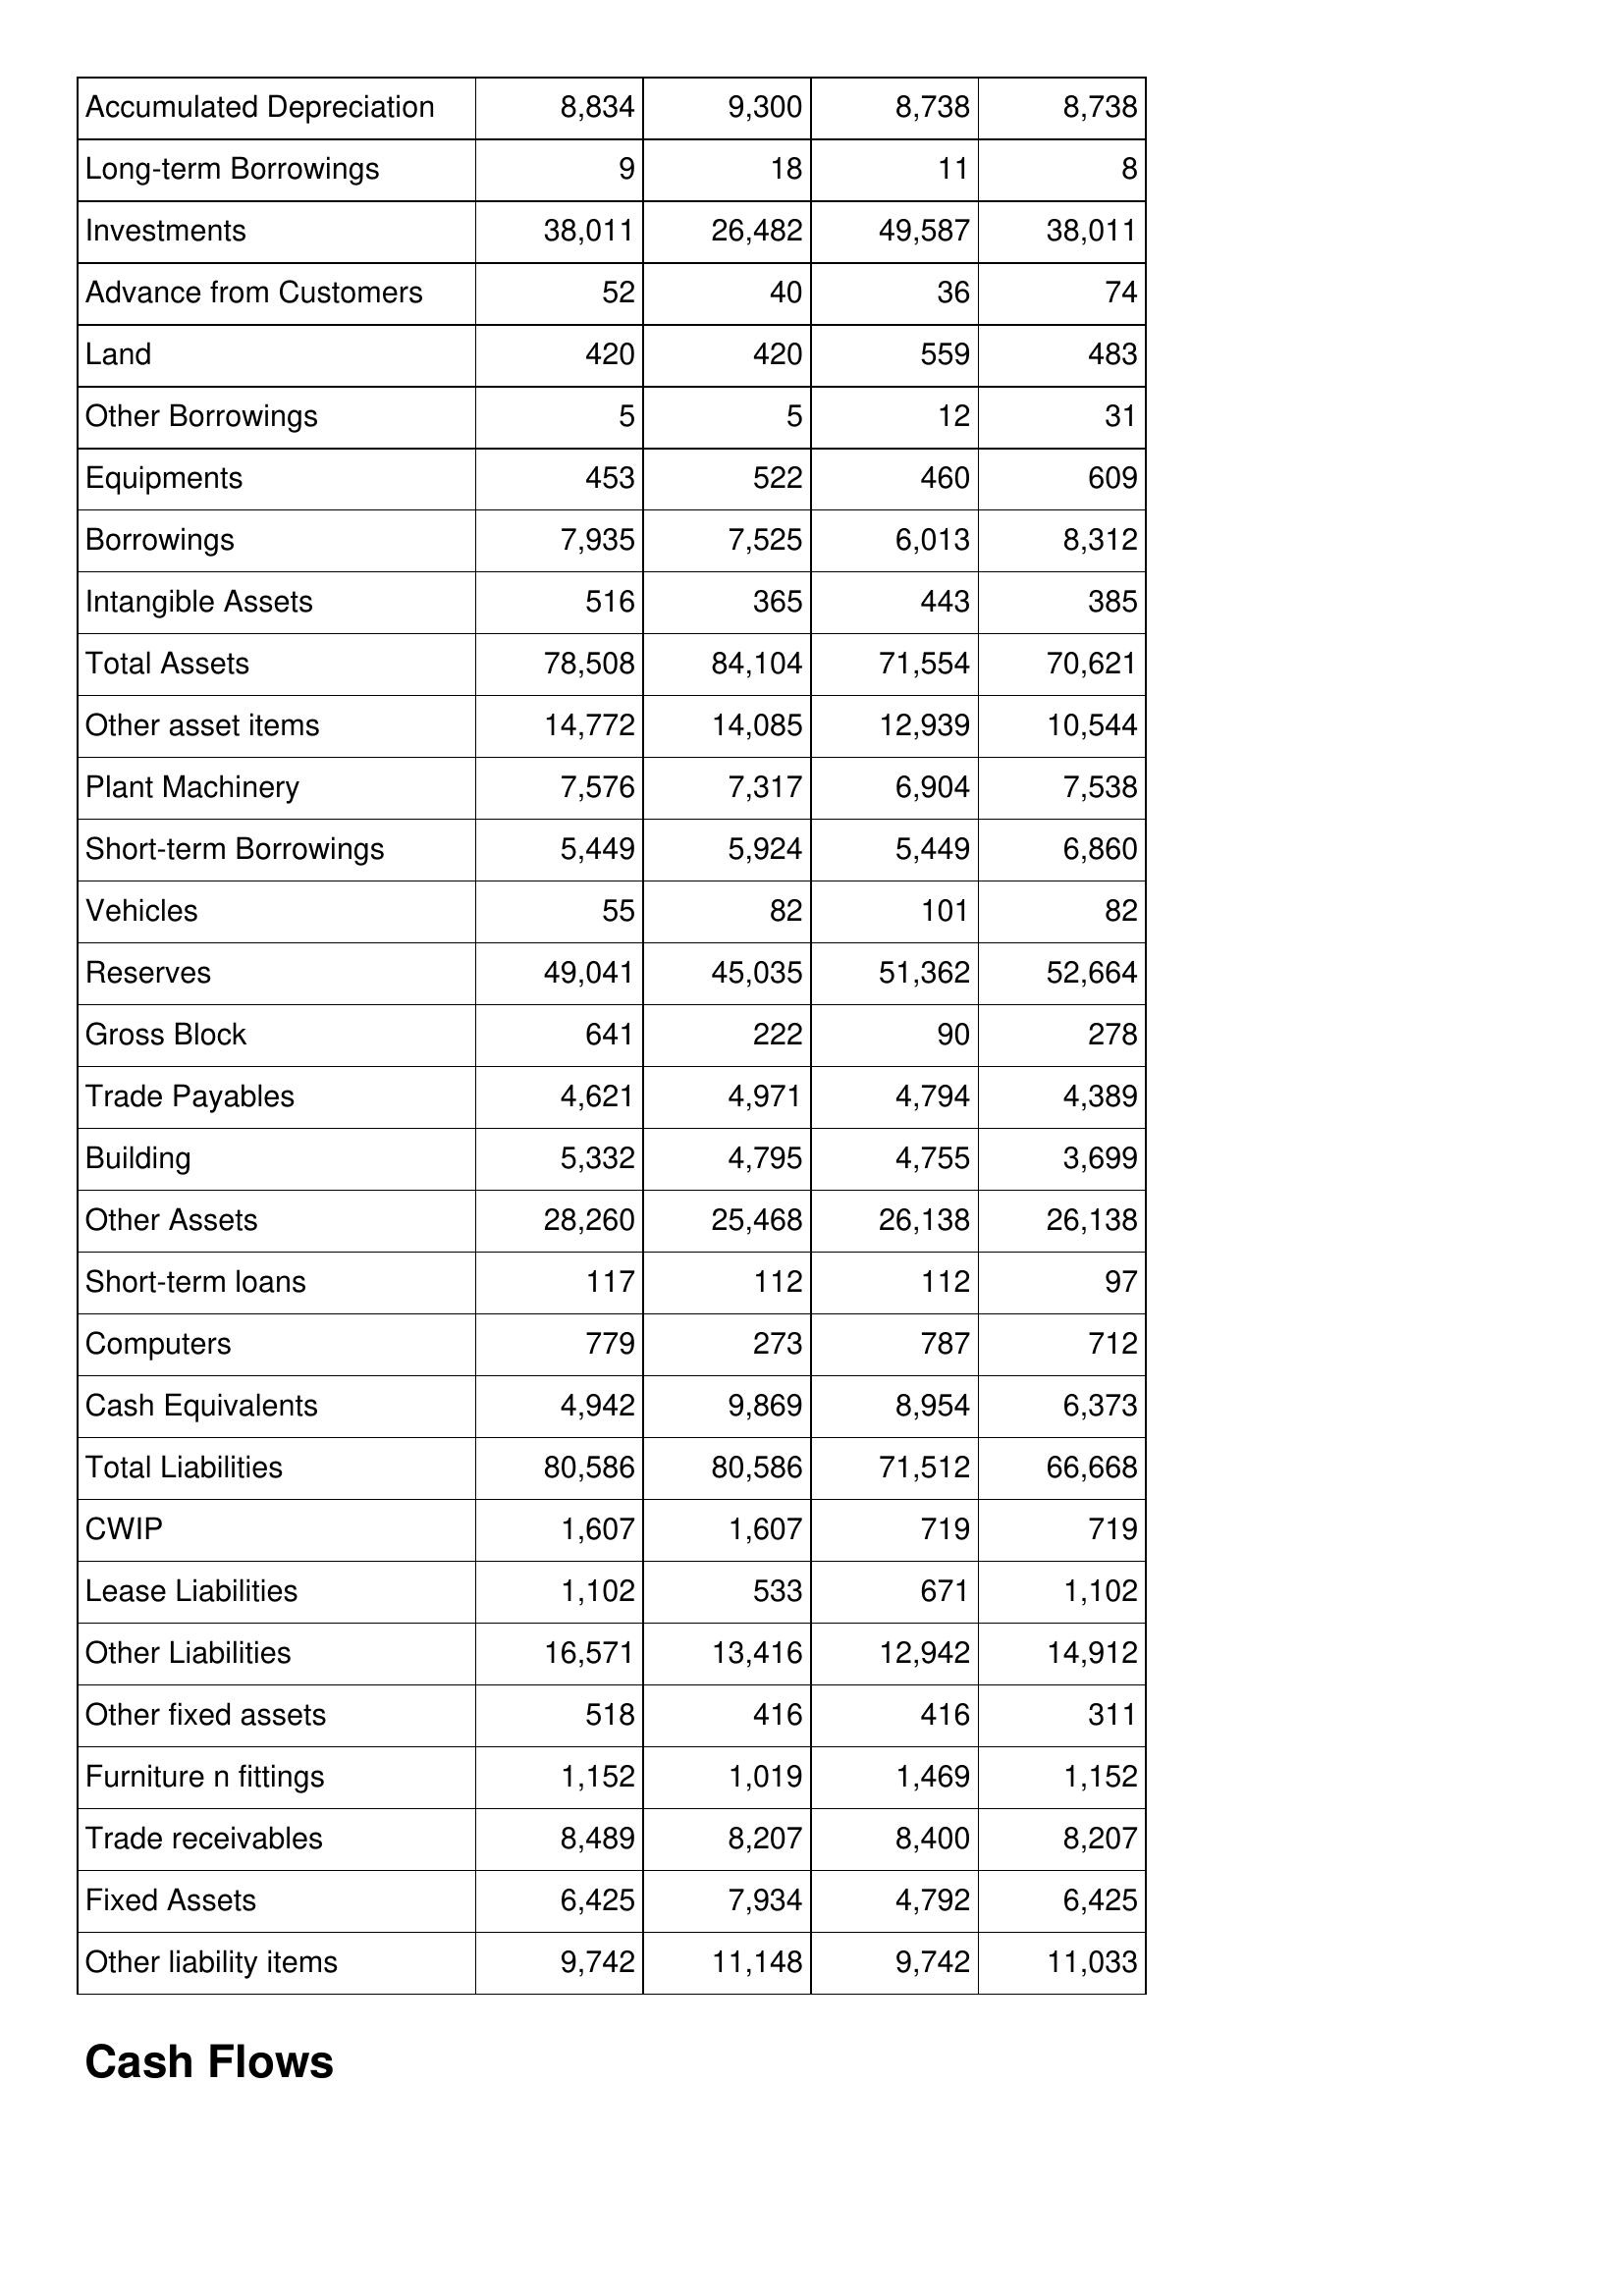
Dec-16: Balance Sheet: Accumulated Depreciation: 8,834
Long-term Borrowings: 9
Investments: 38,011
Advance from Customers: 52
Land: 420
Other Borrowings: 5
Equipments: 453
Borrowings: 7,935
Intangible Assets: 516
Total Assets: 78,508
Other asset items: 14,772
Plant Machinery: 7,576
Short-term Borrowings: 5,449
Vehicles: 55
Reserves: 49,041
Gross Block: 641
Trade Payables: 4,621
Building: 5,332
Other Assets: 28,260
Short-term loans: 117
Computers: 779
Cash Equivalents: 4,942
Total Liabilities: 80,586
CWIP: 1,607
Lease Liabilities: 1,102
Other Liabilities: 16,571
Other fixed assets: 518
Furniture n fittings: 1,152
Trade receivables: 8,489
Fixed Assets: 6,425
Other liability items: 9,742
Dec-17: Balance Sheet: Accumulated Depreciation: 9,300
Long-term Borrowings: 18
Investments: 26,482
Advance from Customers: 40
Land: 420
Other Borrowings: 5
Equipments: 522
Borrowings: 7,525
Intangible Assets: 365
Total Assets: 84,104
Other asset items: 14,085
Plant Machinery: 7,317
Short-term Borrowings: 5,924
Vehicles: 82
Reserves: 45,035
Gross Block: 222
Trade Payables: 4,971
Building: 4,795
Other Assets: 25,468
Short-term loans: 112
Computers: 273
Cash Equivalents: 9,869
Total Liabilities: 80,586
CWIP: 1,607
Lease Liabilities: 533
Other Liabilities: 13,416
Other fixed assets: 416
Furniture n fittings: 1,019
Trade receivables: 8,207
Fixed Assets: 7,934
Other liability items: 11,148
Dec-18: Balance Sheet: Accumulated Depreciation: 8,738
Long-term Borrowings: 11
Investments: 49,587
Advance from Customers: 36
Land: 559
Other Borrowings: 12
Equipments: 460
Borrowings: 6,013
Intangible Assets: 443
Total Assets: 71,554
Other asset items: 12,939
Plant Machinery: 6,904
Short-term Borrowings: 5,449
Vehicles: 101
Reserves: 51,362
Gross Block: 90
Trade Payables: 4,794
Building: 4,755
Other Assets: 26,138
Short-term loans: 112
Computers: 787
Cash Equivalents: 8,954
Total Liabilities: 71,512
CWIP: 719
Lease Liabilities: 671
Other Liabilities: 12,942
Other fixed assets: 416
Furniture n fittings: 1,469
Trade receivables: 8,400
Fixed Assets: 4,792
Other liability items: 9,742
Dec-19: Balance Sheet: Accumulated Depreciation: 8,738
Long-term Borrowings: 8
Investments: 38,011
Advance from Customers: 74
Land: 483
Other Borrowings: 31
Equipments: 609
Borrowings: 8,312
Intangible Assets: 385
Total Assets: 70,621
Other asset items: 10,544
Plant Machinery: 7,538
Short-term Borrowings: 6,860
Vehicles: 82
Reserves: 52,664
Gross Block: 278
Trade Payables: 4,389
Building: 3,699
Other Assets: 26,138
Short-term loans: 97
Computers: 712
Cash Equivalents: 6,373
Total Liabilities: 66,668
CWIP: 719
Lease Liabilities: 1,102
Other Liabilities: 14,912
Other fixed assets: 311
Furniture n fittings: 1,152
Trade receivables: 8,207
Fixed Assets: 6,425
Other liability items: 11,033